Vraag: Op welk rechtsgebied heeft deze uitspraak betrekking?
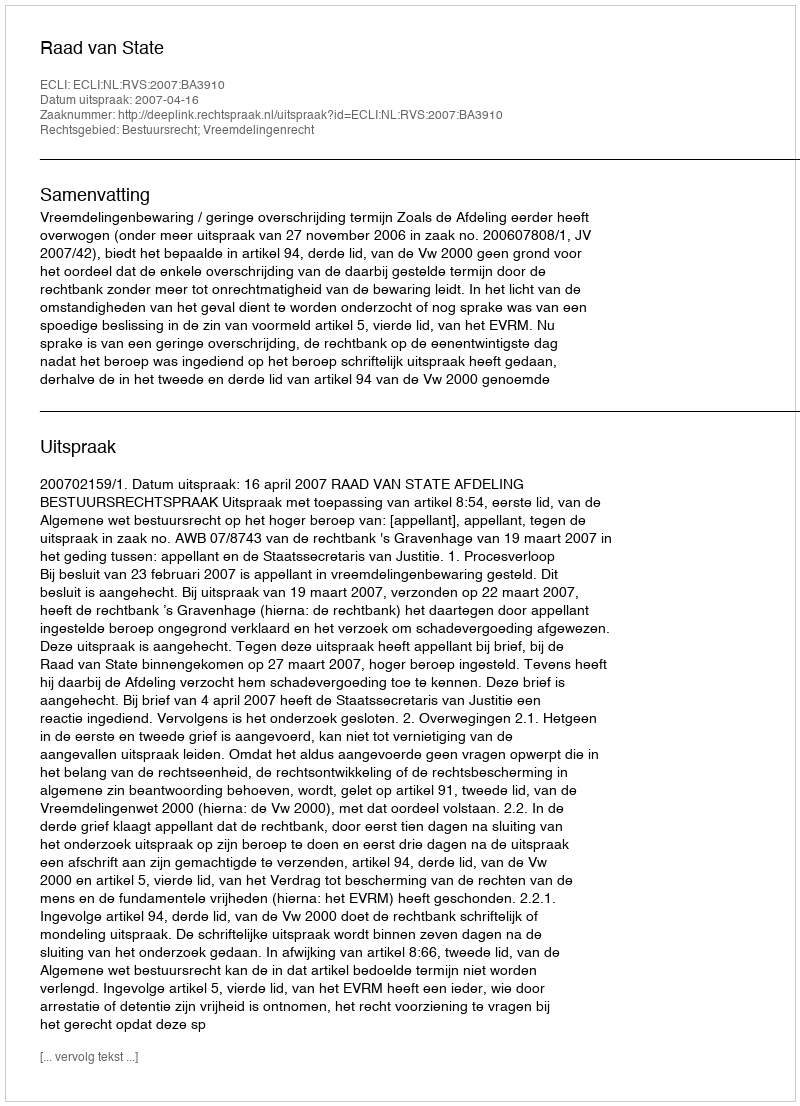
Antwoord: Bestuursrecht; Vreemdelingenrecht